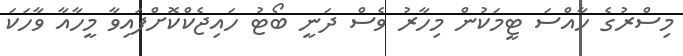
މިސްރުގެ ހާއްސަ ޓީމަކުން މިހާރު ވެސް ދަނީ ބޯޓު ހައިޖެކްކޮށްފައިވާ މީހާއާ ވާހަކަ